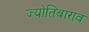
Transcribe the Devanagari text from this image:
ज्योतिबाराव